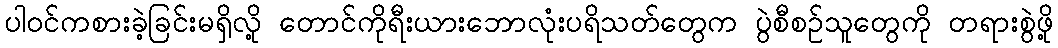
ပါဝင်ကစားခဲ့ခြင်းမရှိလို့ တောင်ကိုရီးယားဘောလုံးပရိသတ်တွေက ပွဲစီစဉ်သူတွေကို တရားစွဲဖို့